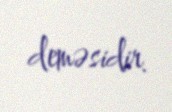
deməsidir.